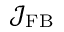
\mathcal { J } _ { \mathrm { F B } }